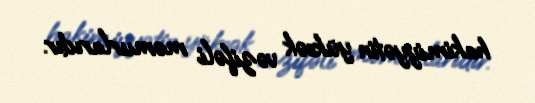
hakimiyyətin yüksək vəzifəli məmurlarıdır.